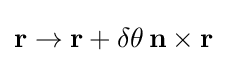
\mathbf {r} \rightarrow \mathbf {r} +\delta \theta \,\mathbf {n} \times \mathbf {r}